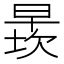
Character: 𬁄